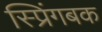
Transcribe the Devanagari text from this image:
स्प्रिंगबक